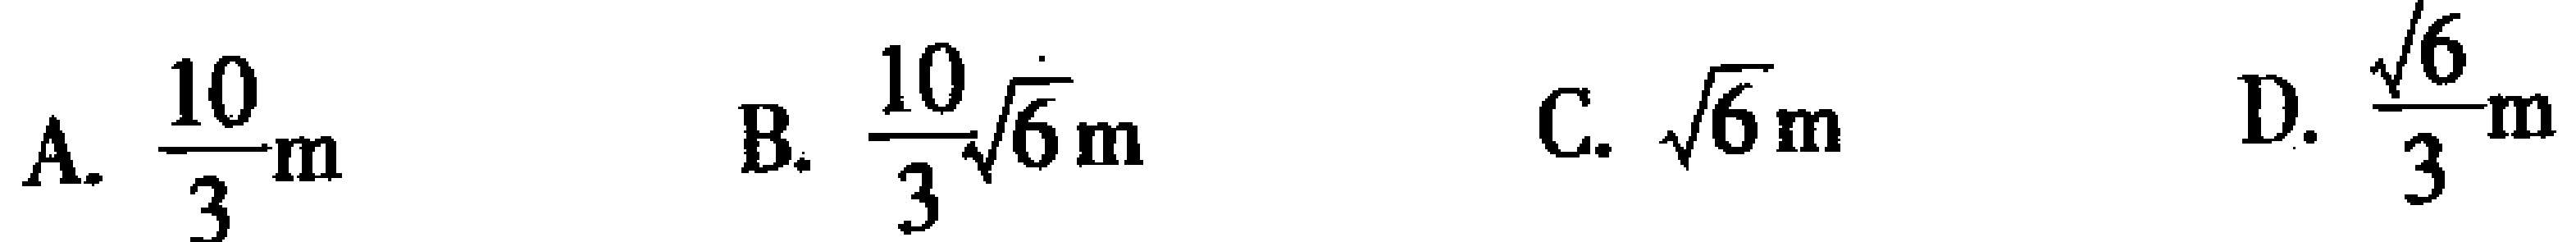
A. $\frac{10}{3}\text{m}$  B. $\frac{10}{3}\sqrt{6}\text{m}$  C. $\sqrt{6}\text{m}$  D. $\frac{\sqrt{6}}{3}\text{m}$